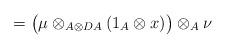
LaTeX: \begin{align*}= \big(\mu \otimes _{A\otimes DA} (1_A \otimes x)\big) \otimes _A \nu\end{align*}